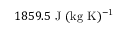
1 8 5 9 . 5 ~ \mathrm { J ~ ( k g ~ K ) ^ { - 1 } }